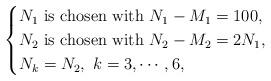
LaTeX: \begin{align*}\begin{cases}N_1\ {\rm is~ chosen~with~}N_1-M_1=100,\\N_2\ {\rm is~ chosen~with~}N_2-M_2=2N_1,\\N_k=N_2, \ k=3,\cdots,6,\end{cases}\end{align*}